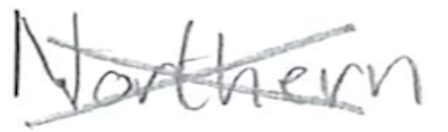
Text: Northern
Cross-out: cross
Writing tool: pencil